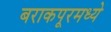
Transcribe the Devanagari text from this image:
बराकपूरमध्ये